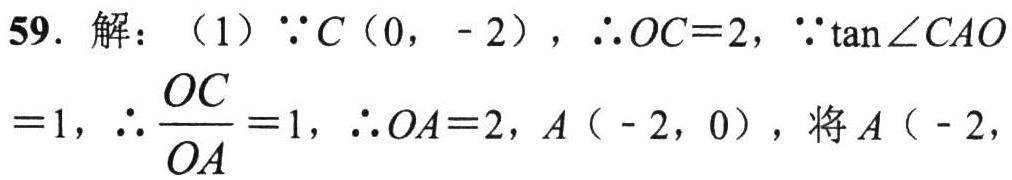
59. 解：（1）\(\because C(0, - 2)\)，\(\therefore OC = 2\)，\(\because\tan\angle CAO=1\)，\(\therefore\frac{OC}{OA}=1\)，\(\therefore OA = 2\)，\(A(-2,0)\)，将\(A(-2,\)